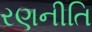
રણનીતિ